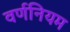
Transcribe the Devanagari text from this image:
वर्णनियम